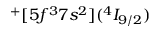
^ + [ 5 f ^ { 3 } 7 s ^ { 2 } ] ( ^ { 4 } I _ { 9 / 2 } )